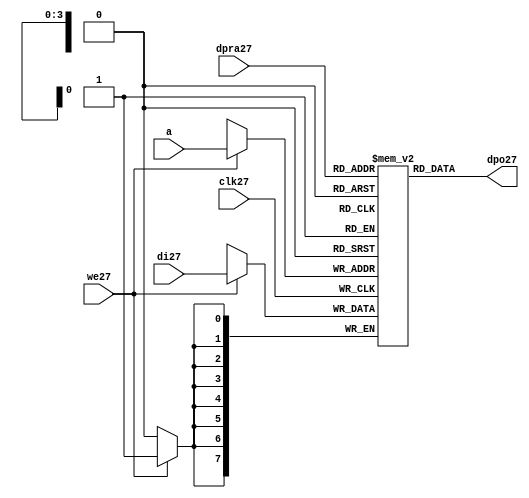
//////////////////////////////////////////////////////////////////////
////                                                              ////
////  raminfr27.v                                                   ////
////                                                              ////
////                                                              ////
////  This27 file is part of the "UART27 16550 compatible27" project27    ////
////  http27://www27.opencores27.org27/cores27/uart1655027/                   ////
////                                                              ////
////  Documentation27 related27 to this project27:                      ////
////  - http27://www27.opencores27.org27/cores27/uart1655027/                 ////
////                                                              ////
////  Projects27 compatibility27:                                     ////
////  - WISHBONE27                                                  ////
////  RS23227 Protocol27                                              ////
////  16550D uart27 (mostly27 supported)                              ////
////                                                              ////
////  Overview27 (main27 Features27):                                   ////
////  Inferrable27 Distributed27 RAM27 for FIFOs27                        ////
////                                                              ////
////  Known27 problems27 (limits27):                                    ////
////  None27                .                                       ////
////                                                              ////
////  To27 Do27:                                                      ////
////  Nothing so far27.                                             ////
////                                                              ////
////  Author27(s):                                                  ////
////      - gorban27@opencores27.org27                                  ////
////      - Jacob27 Gorban27                                          ////
////                                                              ////
////  Created27:        2002/07/22                                  ////
////  Last27 Updated27:   2002/07/22                                  ////
////                  (See log27 for the revision27 history27)          ////
////                                                              ////
////                                                              ////
//////////////////////////////////////////////////////////////////////
////                                                              ////
//// Copyright27 (C) 2000, 2001 Authors27                             ////
////                                                              ////
//// This27 source27 file may be used and distributed27 without         ////
//// restriction27 provided that this copyright27 statement27 is not    ////
//// removed from the file and that any derivative27 work27 contains27  ////
//// the original copyright27 notice27 and the associated disclaimer27. ////
////                                                              ////
//// This27 source27 file is free software27; you can redistribute27 it   ////
//// and/or modify it under the terms27 of the GNU27 Lesser27 General27   ////
//// Public27 License27 as published27 by the Free27 Software27 Foundation27; ////
//// either27 version27 2.1 of the License27, or (at your27 option) any   ////
//// later27 version27.                                               ////
////                                                              ////
//// This27 source27 is distributed27 in the hope27 that it will be       ////
//// useful27, but WITHOUT27 ANY27 WARRANTY27; without even27 the implied27   ////
//// warranty27 of MERCHANTABILITY27 or FITNESS27 FOR27 A PARTICULAR27      ////
//// PURPOSE27.  See the GNU27 Lesser27 General27 Public27 License27 for more ////
//// details27.                                                     ////
////                                                              ////
//// You should have received27 a copy of the GNU27 Lesser27 General27    ////
//// Public27 License27 along27 with this source27; if not, download27 it   ////
//// from http27://www27.opencores27.org27/lgpl27.shtml27                     ////
////                                                              ////
//////////////////////////////////////////////////////////////////////
//
// CVS27 Revision27 History27
//
// $Log: not supported by cvs2svn27 $
// Revision27 1.1  2002/07/22 23:02:23  gorban27
// Bug27 Fixes27:
//  * Possible27 loss of sync and bad27 reception27 of stop bit on slow27 baud27 rates27 fixed27.
//   Problem27 reported27 by Kenny27.Tung27.
//  * Bad (or lack27 of ) loopback27 handling27 fixed27. Reported27 by Cherry27 Withers27.
//
// Improvements27:
//  * Made27 FIFO's as general27 inferrable27 memory where possible27.
//  So27 on FPGA27 they should be inferred27 as RAM27 (Distributed27 RAM27 on Xilinx27).
//  This27 saves27 about27 1/3 of the Slice27 count and reduces27 P&R and synthesis27 times.
//
//  * Added27 optional27 baudrate27 output (baud_o27).
//  This27 is identical27 to BAUDOUT27* signal27 on 16550 chip27.
//  It outputs27 16xbit_clock_rate - the divided27 clock27.
//  It's disabled by default. Define27 UART_HAS_BAUDRATE_OUTPUT27 to use.
//

//Following27 is the Verilog27 code27 for a dual27-port RAM27 with asynchronous27 read. 
module raminfr27   
        (clk27, we27, a, dpra27, di27, dpo27); 

parameter addr_width27 = 4;
parameter data_width27 = 8;
parameter depth = 16;

input clk27;   
input we27;   
input  [addr_width27-1:0] a;   
input  [addr_width27-1:0] dpra27;   
input  [data_width27-1:0] di27;   
//output [data_width27-1:0] spo27;   
output [data_width27-1:0] dpo27;   
reg    [data_width27-1:0] ram27 [depth-1:0]; 

wire [data_width27-1:0] dpo27;
wire  [data_width27-1:0] di27;   
wire  [addr_width27-1:0] a;   
wire  [addr_width27-1:0] dpra27;   
 
  always @(posedge clk27) begin   
    if (we27)   
      ram27[a] <= di27;   
  end   
//  assign spo27 = ram27[a];   
  assign dpo27 = ram27[dpra27];   
endmodule